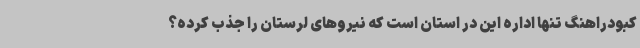
کبودراهنگ تنها اداره این در استان است که نیروهای لرستان را جذب کرده؟